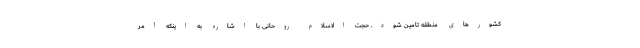
کشورهای منطقه تامین شود. حجت الاسلام روحانی با اشاره به اینکه آمر